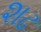
શઢ